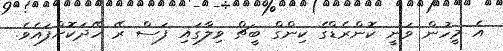
އެ މީހުން ވަނީ ކޮންރެޑްގެ ކިންގް ބީޗް ވިލާގައި ފަސް ރޭ ހޭދަކޮށްފައެވެ.